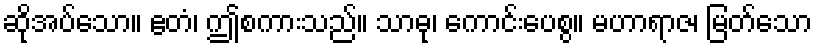
ဆိုအပ်သော။ ဧတံ၊ ဤစကားသည်။ သာဓု၊ ကောင်းပေစွ။ မဟာရာဇ၊ မြတ်သော